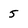
Character: 5